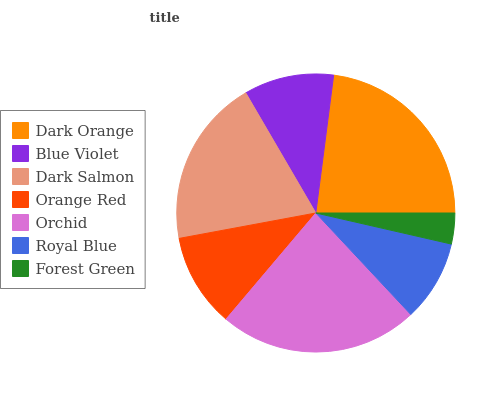
| Dark Orange | Blue Violet | Dark Salmon | Orange Red | Orchid | Royal Blue | Forest Green |
 | --- | --- | --- | --- | --- | --- | --- |
 | 22.9% | 10.5% | 19.6% | 10.9% | 23.1% | 9.44% | 3.58% |